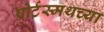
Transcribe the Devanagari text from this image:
पोर्टस्मथच्या